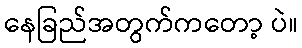
နေခြည်အတွက်ကတော့ ပဲ။